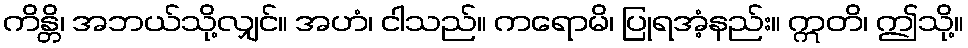
ကိန္တိ၊ အဘယ်သို့လျှင်။ အဟံ၊ ငါသည်။ ကရောမိ၊ ပြုရအံ့နည်း။ ဣတိ၊ ဤသို့။